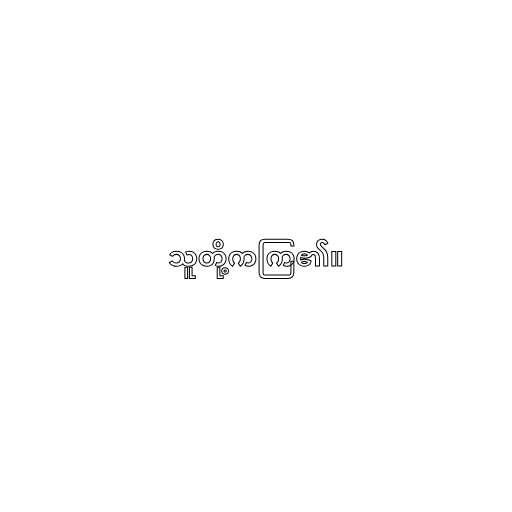
သူတို့ကကြ၏။